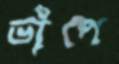
ভাঁপে